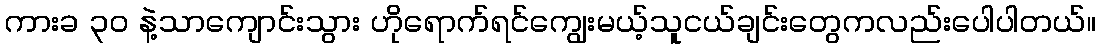
ကားခ ၃၀ နဲ့သာကျောင်းသွား ဟိုရောက်ရင်ကျွေးမယ့်သူငယ်ချင်းတွေကလည်းပေါပါတယ်။